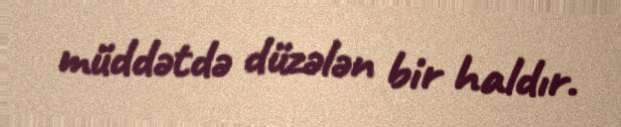
müddətdə düzələn bir haldır.